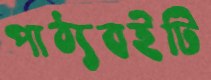
পাঠ্যবইটি